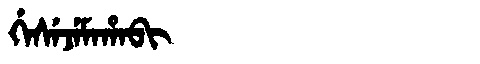
Manchu: ᡤᡝᠰᡝᠵᡝᠮᠠᡥᠠᠪᡳ
Romanization: GESEJEMAHABI